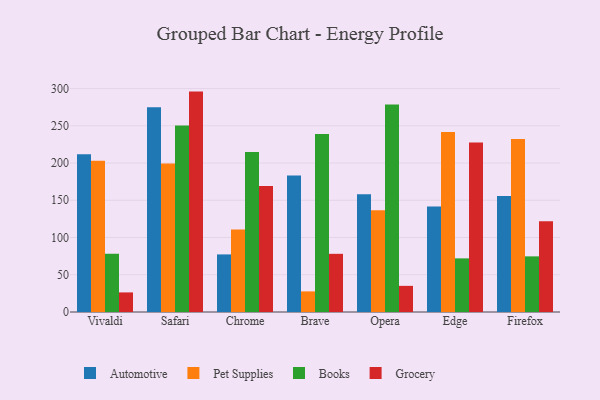
{"axis": {"x": "Browser", "y": "Humidity (%)"}, "legend": ["Automotive", "Books", "Grocery", "Pet Supplies"], "data": [{"x": "Vivaldi", "y": 211.7, "type": "Automotive"}, {"x": "Vivaldi", "y": 203.0, "type": "Pet Supplies"}, {"x": "Vivaldi", "y": 78.2, "type": "Books"}, {"x": "Vivaldi", "y": 26.3, "type": "Grocery"}, {"x": "Safari", "y": 275.0, "type": "Automotive"}, {"x": "Safari", "y": 199.4, "type": "Pet Supplies"}, {"x": "Safari", "y": 250.3, "type": "Books"}, {"x": "Safari", "y": 295.9, "type": "Grocery"}, {"x": "Chrome", "y": 77.3, "type": "Automotive"}, {"x": "Chrome", "y": 110.9, "type": "Pet Supplies"}, {"x": "Chrome", "y": 214.9, "type": "Books"}, {"x": "Chrome", "y": 169.3, "type": "Grocery"}, {"x": "Brave", "y": 183.4, "type": "Automotive"}, {"x": "Brave", "y": 27.7, "type": "Pet Supplies"}, {"x": "Brave", "y": 238.9, "type": "Books"}, {"x": "Brave", "y": 78.1, "type": "Grocery"}, {"x": "Opera", "y": 158.0, "type": "Automotive"}, {"x": "Opera", "y": 136.5, "type": "Pet Supplies"}, {"x": "Opera", "y": 278.7, "type": "Books"}, {"x": "Opera", "y": 35.1, "type": "Grocery"}, {"x": "Edge", "y": 141.7, "type": "Automotive"}, {"x": "Edge", "y": 241.8, "type": "Pet Supplies"}, {"x": "Edge", "y": 72.0, "type": "Books"}, {"x": "Edge", "y": 227.5, "type": "Grocery"}, {"x": "Firefox", "y": 155.6, "type": "Automotive"}, {"x": "Firefox", "y": 232.4, "type": "Pet Supplies"}, {"x": "Firefox", "y": 74.7, "type": "Books"}, {"x": "Firefox", "y": 121.7, "type": "Grocery"}]}